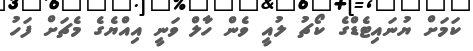
ކަމަށް ޔުނައިޓެޑްގެ ކޯޗު ލުއީ ވެން ހާލް ވަނީ އިއްޔެގެ މެޗަށް ފަހު